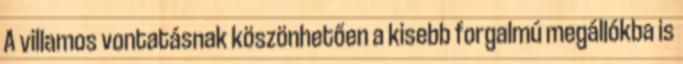
A villamos vontatásnak köszönhetően a kisebb forgalmú megállókba is